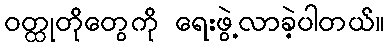
ဝတ္ထုတိုတွေကို ရေးဖွဲ့လာခဲ့ပါတယ်။